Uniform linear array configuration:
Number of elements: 8
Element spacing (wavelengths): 1
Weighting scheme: hann
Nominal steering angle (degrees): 45
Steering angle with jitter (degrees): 44.059
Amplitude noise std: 0.05
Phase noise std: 0.05

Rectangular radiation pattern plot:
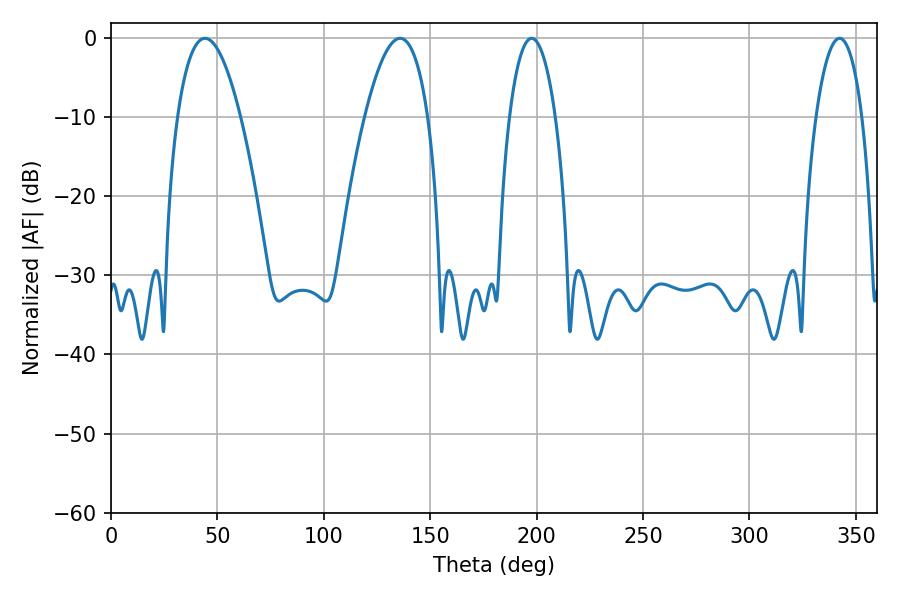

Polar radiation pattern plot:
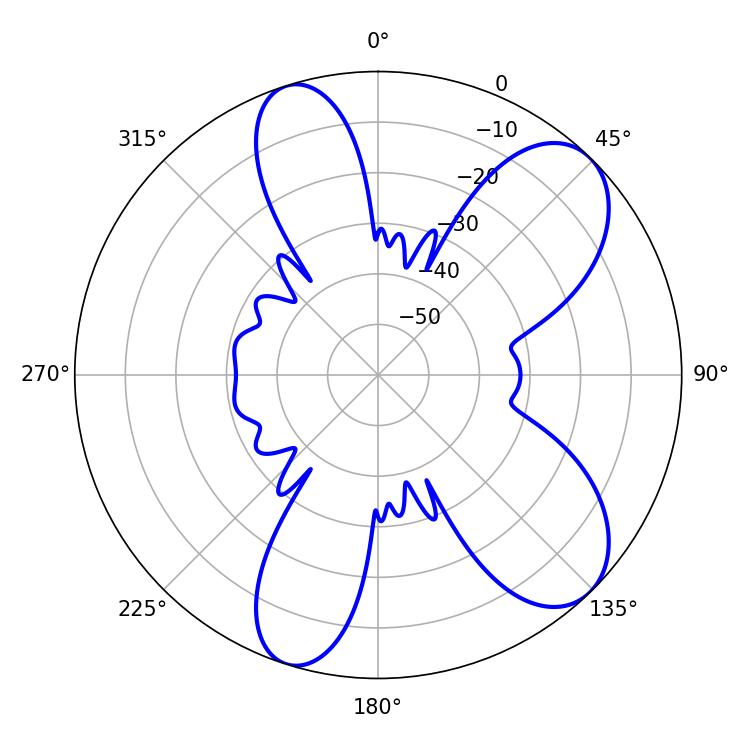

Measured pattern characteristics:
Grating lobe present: TRUE
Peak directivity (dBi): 8.334
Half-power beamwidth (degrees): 12.06
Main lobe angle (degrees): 342.36